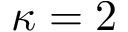
\kappa = 2